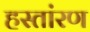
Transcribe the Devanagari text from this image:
हस्तांरण